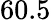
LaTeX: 60.5